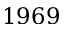
1 9 6 9